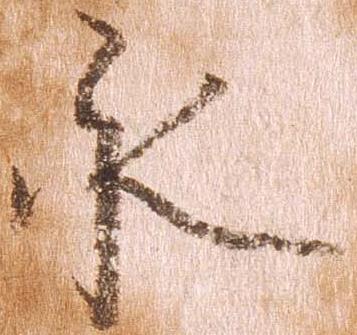
永